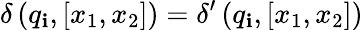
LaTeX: \delta\left(q_{\mathbf{i}},[x_{1},x_{2}]\right)=\delta^{\prime}\left(q_{\mathbf{i}},[x_{1},x_{2}]\right)